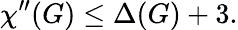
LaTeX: \chi^{\prime\prime}(G)\leq\Delta(G)+3.